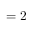
{ \it \Delta \phi } = 2 { \it \Delta \Psi }